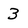
Character: 3